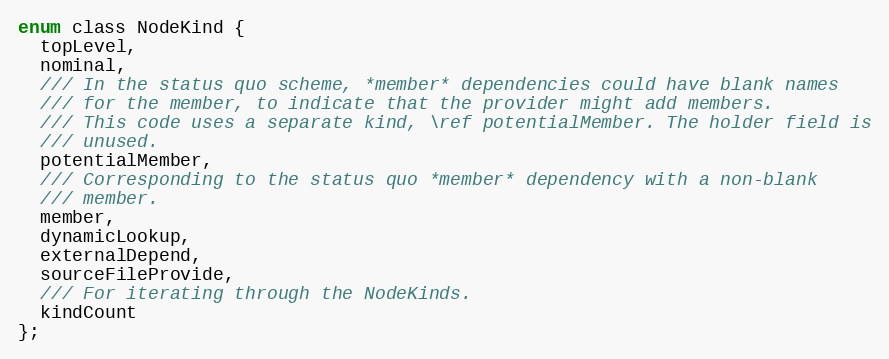
Language: C
enum class NodeKind {
  topLevel,
  nominal,
  /// In the status quo scheme, *member* dependencies could have blank names
  /// for the member, to indicate that the provider might add members.
  /// This code uses a separate kind, \ref potentialMember. The holder field is
  /// unused.
  potentialMember,
  /// Corresponding to the status quo *member* dependency with a non-blank
  /// member.
  member,
  dynamicLookup,
  externalDepend,
  sourceFileProvide,
  /// For iterating through the NodeKinds.
  kindCount
};